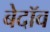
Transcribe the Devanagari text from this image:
बेदॉव